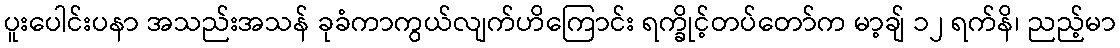
ပူးပေါင်းပနာ အသည်းအသန် ခုခံကာကွယ်လျက်ဟိကြောင်း ရက္ခိုင့်တပ်တော်က မာ့ချ် ၁၂ ရက်နိ၊ ညည့်မာ